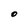
Character: O